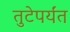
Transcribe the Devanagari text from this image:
तुटेपर्यंत